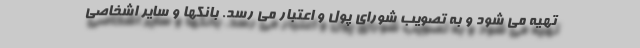
تهیه می شود و به تصویب شورای پول و اعتبار می رسد. بانکها و سایر اشخاصی